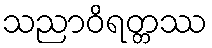
သညာဝိရတ္တဿ